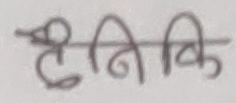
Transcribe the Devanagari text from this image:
टेनिकि